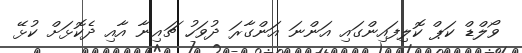
ވޯލްޑް ކަޕް ކޮލިފައިންގައި އަންނަ އަންގާރަ ދުވަހު ޗައިނާ އާއި ދެކޮޅަށް ކުޅޭ